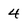
Character: 4